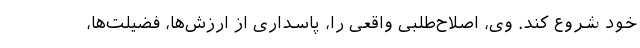
خود شروع کند. وی، اصلاح‌طلبی واقعی را، پاسداری از ارزش‌ها، فضیلت‌ها،